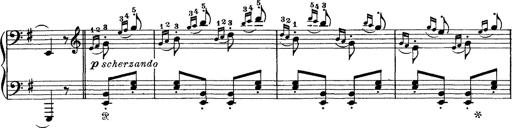
Title: Tarantelle di bravura dâ€™aprÃ¨s la tarantelle de La muette de Portici
Composer: Franz Liszt